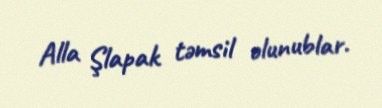
Alla Şlapak təmsil olunublar.